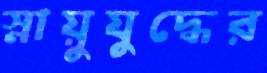
স্নায়ুযুদ্ধের